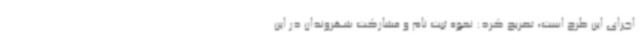
اجرای این طرح است، تصریح کرد: نحوه ثبت نام و مشارکت شهروندان در این